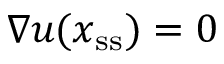
\nabla \boldsymbol u ( \boldsymbol { x } _ { \mathrm { s s } } ) = 0